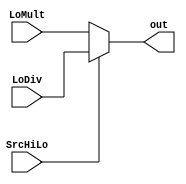
module MuxSrcLo(SrcHiLo, LoMult, LoDiv, out);
	
	input SrcHiLo;
	input [31:0] LoMult;
	input [31:0] LoDiv;
	
	output [31:0] out;
	
	assign out = SrcHiLo ? LoDiv : LoMult;
	
endmodule